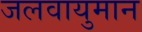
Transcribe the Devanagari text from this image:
जलवायुमान